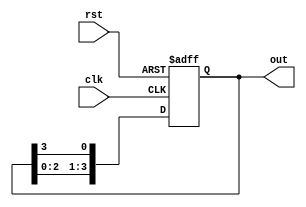
module johnson_counter (
    input clk, // Clock input
    input rst, // Reset input
    output reg [3:0] out // Output of the Johnson counter
);

reg [3:0] johnson_reg; // Internal register to store the current state

always @ (posedge clk or posedge rst) begin
    if (rst) begin
        johnson_reg <= 4'b0001; // Reset the Johnson counter to initial state
    end else begin
        johnson_reg <= {johnson_reg[2:0], johnson_reg[3]}; // Shift the bits one position
    end
end

assign out = johnson_reg; // Assign the internal register to the output

endmodule